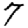
Digit: 7